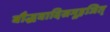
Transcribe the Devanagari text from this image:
बौद्धवादिसमूहजित्